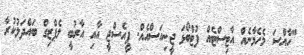
"ހާއްސަ މެހެމާނެއް އާޓިސްޓެއް ފުޓްބޯޅަ ޖީނިއަސްއެއް. ޕީއެސްޖީ އާއި އާރުބީ ލެޕްޒިގް ބައްދަލުކުރާ